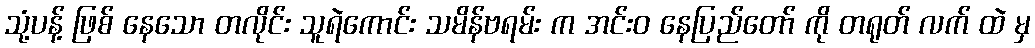
သုံ့ပန့် ဖြစ် နေသော တလိုင်း သူရဲကောင်း သမိန်ဗရမ်း က အင်းဝ နေပြည်တော် ကို တရုတ် လက် ထဲ မှ